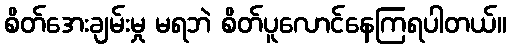
စိတ်အေးချမ်းမှု မရဘဲ စိတ်ပူလောင်နေကြရပါတယ်။